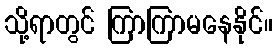
သို့ရာတွင် ကြာကြာမနေနိုင်။